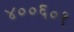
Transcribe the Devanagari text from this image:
४००६०१